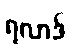
ရလာဒ်